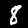
Digit: 8